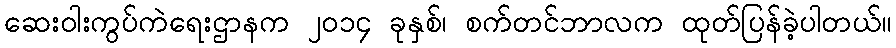
ဆေးဝါးကွပ်ကဲရေးဌာနက ၂၀၁၄ ခုနှစ်၊ စက်တင်ဘာလက ထုတ်ပြန်ခဲ့ပါတယ်။